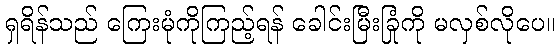
ရှရိန်သည် ကြေးမုံကိုကြည့်ရန် ခေါင်းမြီးခြုံကို မလှစ်လိုပေ။